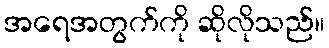
အရေအတွက်ကို ဆိုလိုသည်။